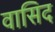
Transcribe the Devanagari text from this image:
वासिद